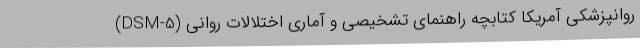
روانپزشکی آمریکا کتابچه راهنمای تشخیصی و آماری اختلالات روانی (DSM-5)